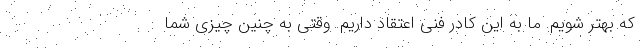
که بهتر شویم. ما به این کادر فنی اعتقاد داریم. وقتی به چنین چیزی شما